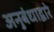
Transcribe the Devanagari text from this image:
अनुबंधाद्वारे